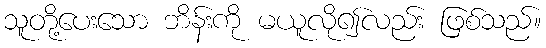
သူတို့ပေးသော ဘိန်းကို မယူလို၍လည်း ဖြစ်သည်။